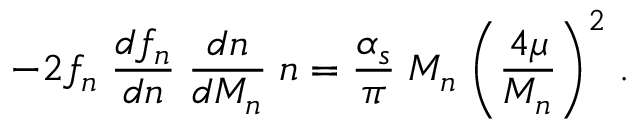
- 2 f _ { n } \; \frac { d f _ { n } } { d n } \; \frac { d n } { d M _ { n } } \; n = \frac { \alpha _ { s } } { \pi } \; M _ { n } \; \biggl ( \frac { 4 \mu } { M _ { n } } \biggr ) ^ { 2 } \; .